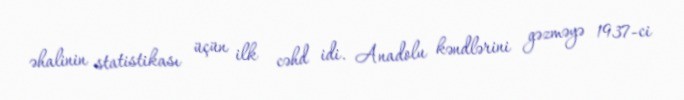
əhalinin statistikası üçün ilk cəhd idi. Anadolu kəndlərini gəzməyə 1937-ci